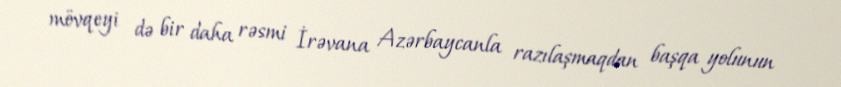
mövqeyi də bir daha rəsmi İrəvana Azərbaycanla razılaşmaqdan başqa yolunun